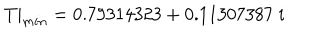
T | _ { m i n } = 0 . 7 9 3 1 4 3 2 3 + 0 . 1 1 3 0 7 3 8 7 \; i